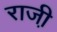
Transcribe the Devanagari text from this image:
राजी़